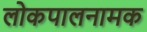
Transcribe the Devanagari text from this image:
लोकपालनामक